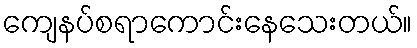
ကျေနပ်စရာကောင်းနေသေးတယ်။